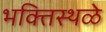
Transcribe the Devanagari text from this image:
भक्तिस्थळे